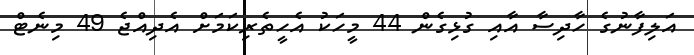
އަލިފާނުގެ ހާދިސާ އާއި ގުޅިގެން 44 މީހަކު އެހީތެރިކަމަށް އެދިއްޖެ 49 މިނެޓް